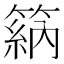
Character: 䈫